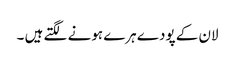
لان کے پودے ہرے ہونے لگتے ہیں ۔